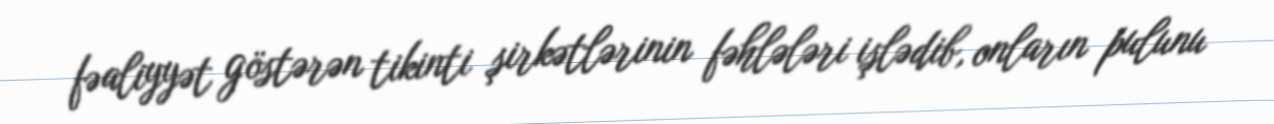
fəaliyyət göstərən tikinti şirkətlərinin fəhlələri işlədib, onların pulunu